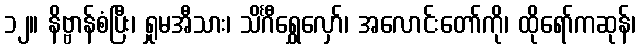
၁၂။ နိဗ္ဗာန်စံပြီး၊ ရှုမအီသား၊ သိင်္ဂီရွှေလှော်၊ အလောင်းတော်ကို၊ ထိုရော်ကဆုန်၊